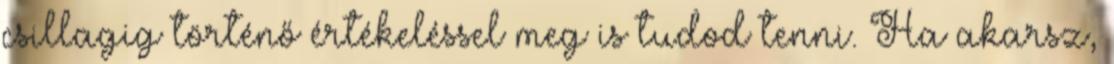
csillagig történő értékeléssel meg is tudod tenni. Ha akarsz,